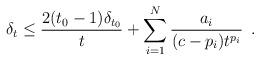
LaTeX: \begin{align*} \delta_{t} \leq \frac{2(t_{0}-1)\delta_{t_{0}}}{t}+\sum_{i=1}^{N}\frac{a_{i}}{(c-p_{i})t^{p_{i}}}\enspace. \end{align*}